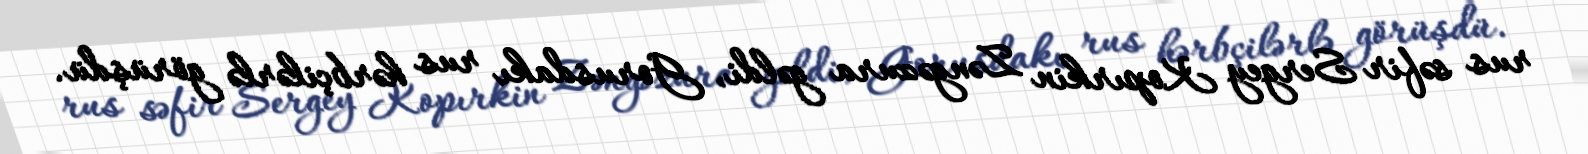
rus səfir Sergey Kopırkin Zəngəzura gəldi, Gorusdakı rus hərbçilərlə görüşdü.